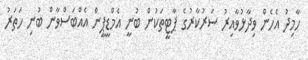
ހާމިދު އެހެން ވިދާޅުވާއިރު ސަރުކާރުގެ ޕާޓީތަކުން ބުނީ އެމްޑީޕީން އެއްބަސްވާން ބުނި ހަތަރު